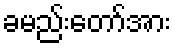
ခမည်းတော်အား